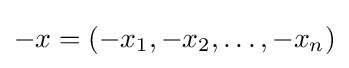
-x=(-x_{1},-x_{2},\ldots ,-x_{n})